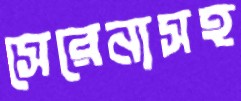
সেরেনাসহ